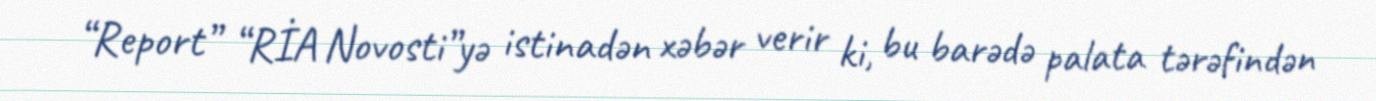
“Report” “RİA Novosti”yə istinadən xəbər verir ki, bu barədə palata tərəfindən